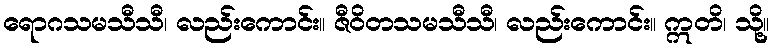
ရောဂသမသီသီ၊ လည်းကောင်း။ ဇီဝိတသမသီသီ၊ လည်းကောင်း။ ဣတိ၊ သို့။